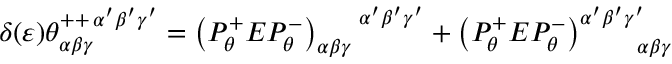
\delta ( \varepsilon ) \theta _ { \alpha \beta \gamma } ^ { + + \, \alpha ^ { \prime } \beta ^ { \prime } \gamma ^ { \prime } } = \left( P _ { \theta } ^ { + } E P _ { \theta } ^ { - } \right) _ { \alpha \beta \gamma } ^ { \, \, \, \, \, \, \, \, \, \, \, \, \alpha ^ { \prime } \beta ^ { \prime } \gamma ^ { \prime } } + \left( P _ { \theta } ^ { + } E P _ { \theta } ^ { - } \right) _ { \, \, \, \, \, \, \, \, \quad \alpha \beta \gamma } ^ { \alpha ^ { \prime } \beta ^ { \prime } \gamma ^ { \prime } }